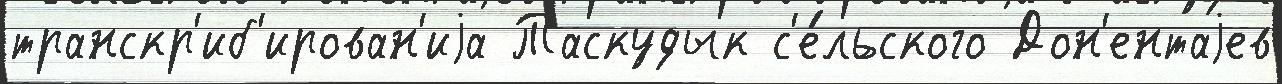
транскр'иб'ирован'иjа Таскудык с'е́льского Дон'ентаjев